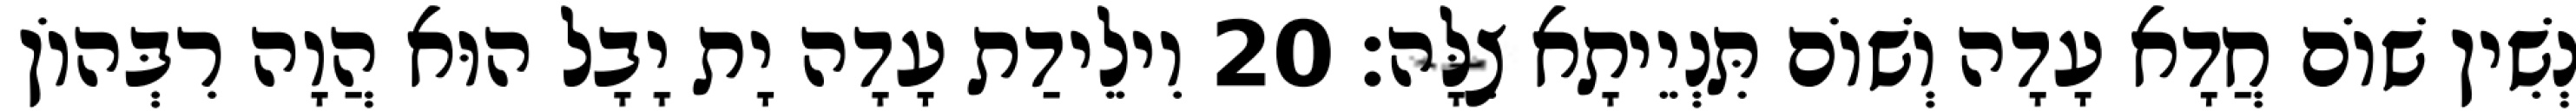
נְשִׁין שׁוֹם חֲדָא עָדָה וְשׁוֹם תִּנְיֵיתָא צִלָּה׃ 20 וִילֵידַת עָדָה יָת יָבָל הוּא הֲוָה רִבְּהוֹן